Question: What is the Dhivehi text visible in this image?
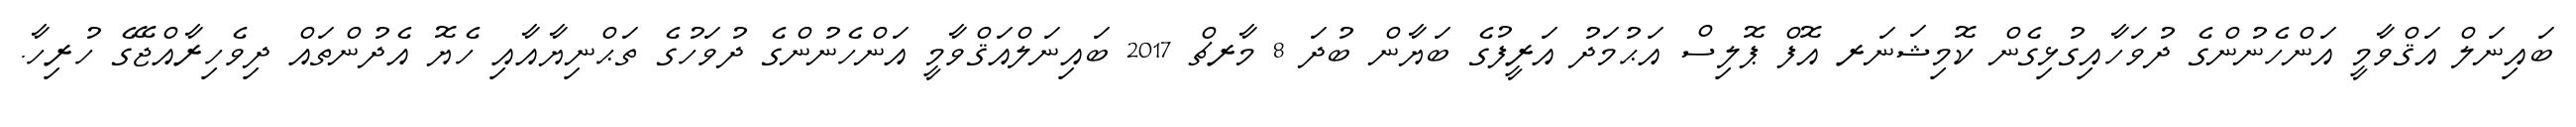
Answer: ބައިނަލް އަޤްވާމީ އަންހެނުންގެ ދުވަހާއިގުޅިގެން ކޮމިޝަނަރ އޮފް ޕޮލިސް އަޙުމަދު އަރީފުގެ ބަޔާން ބުދަ 8 މާރޗް 2017 ބައިނަލްއަޤްވާމީ އަންހެނުންގެ ދުވަހުގެ ތަޙްނިޔާއާއި ހެޔޮ އެދުންތައް ދިވެހިރާއްޖޭގެ ހުރިހާ.